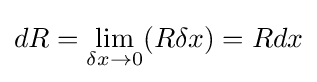
dR=\lim _{\delta x\to 0}(R\delta x)=Rdx